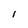
Character: l